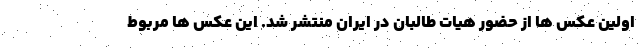
اولین عکس ها از حضور هیات طالبان در ایران منتشر شد. این عکس ها مربوط